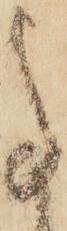
事